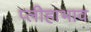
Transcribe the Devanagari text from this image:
प्लीहाभाव